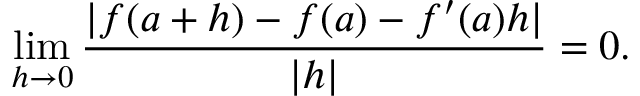
\operatorname* { l i m } _ { h \to 0 } { \frac { | f ( a + h ) - f ( a ) - f ^ { \prime } ( a ) h | } { | h | } } = 0 .